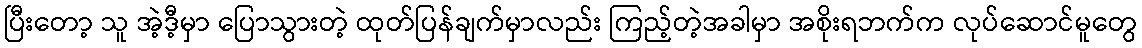
ပြီးတော့ သူ အဲ့ဒီ့မှာ ပြောသွားတဲ့ ထုတ်ပြန်ချက်မှာလည်း ကြည့်တဲ့အခါမှာ အစိုးရဘက်က လုပ်ဆောင်မူတွေ